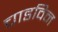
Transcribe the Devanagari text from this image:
चाडविन